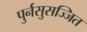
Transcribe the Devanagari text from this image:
पुर्नसुसज्जित